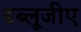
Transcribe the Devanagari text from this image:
डब्लूजीए